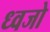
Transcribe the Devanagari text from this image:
ध्वजो